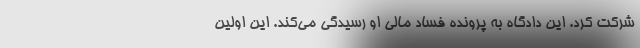
شرکت کرد. این دادگاه به پرونده فساد مالی او رسیدگی می‌کند. این اولین